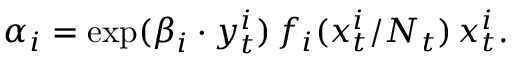
\alpha _ { i } = \exp ( \boldsymbol \beta _ { i } \cdot \boldsymbol y _ { t } ^ { i } ) \, f _ { i } ( x _ { t } ^ { i } / N _ { t } ) \, x _ { t } ^ { i } .